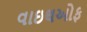
વાઇથઓફ